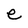
Character: e